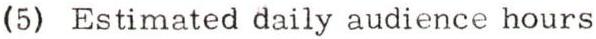
(5) Estimated daily audience hours